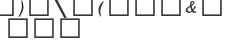
٢٤٧